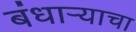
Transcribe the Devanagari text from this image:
बंधार्‍याचा